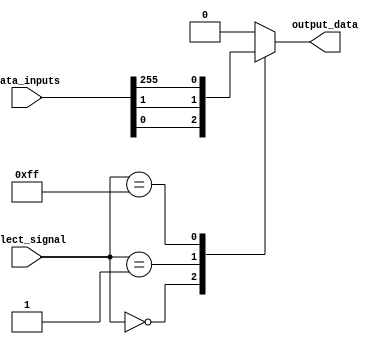
module multiplexer_256to1 (
    input [255:0] data_inputs,
    input [7:0] select_signal,
    output reg output_data
);

always @ (data_inputs or select_signal)
    case (select_signal)
        8'b00000000: output_data = data_inputs[0];
        8'b00000001: output_data = data_inputs[1];
        // Add cases for all 256 input lines
        // ...
        8'b11111111: output_data = data_inputs[255];
        default: output_data = 0; // Default case in case select signal is invalid
    endcase

endmodule